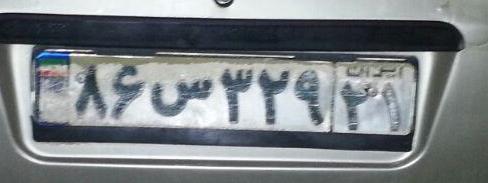
۸۶س۳۲۹۲۱